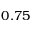
0 . 7 5